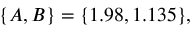
\{ A , B \} = \{ 1 . 9 8 , 1 . 1 3 5 \} ,